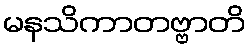
မနသိကာတဗ္ဗာတိ